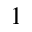
1